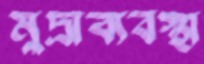
মুদ্রাব্যবস্থা